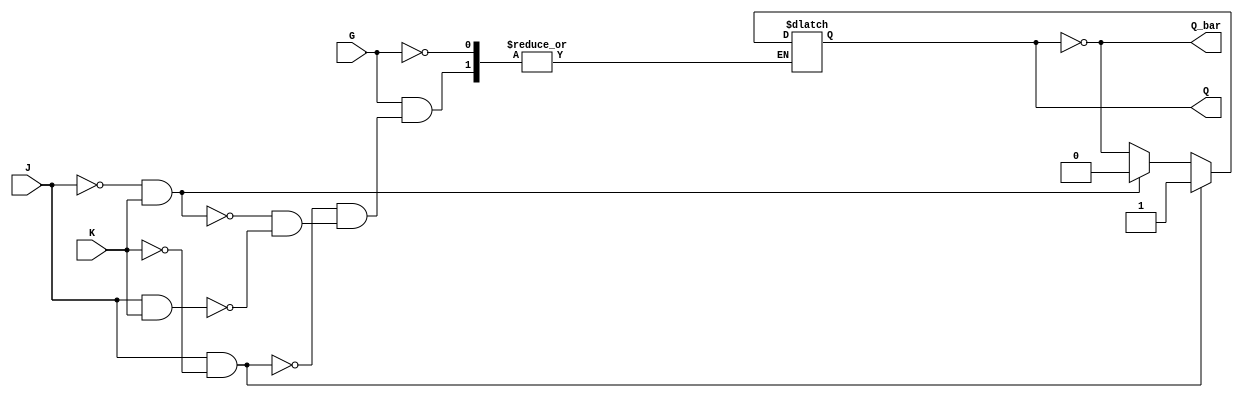
module GatedJKLatch (
    input wire J,          // Data Input J
    input wire K,          // Data Input K
    input wire G,          // Enable (Gate) Signal
    output reg Q,          // Output Q
    output wire Q_bar      // Complementary Output (not Q)
);

// Complementary output
assign Q_bar = ~Q;

// Always block that triggers on changes to J, K, or G
always @(J, K, G) begin
    if (G) begin
        if (J && !K) begin
            Q <= 1'b1;  // Set
        end else if (!J && K) begin
            Q <= 1'b0;  // Reset
        end else if (J && K) begin
            Q <= ~Q;    // Toggle
        end
        // If J = 0 and K = 0, Q remains unchanged
    end
    // If G is low, Q retains its previous state
end

endmodule